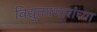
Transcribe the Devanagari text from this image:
विद्युतप्रभारांच्या